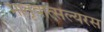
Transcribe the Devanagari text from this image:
मातृवात्सल्यरस